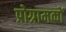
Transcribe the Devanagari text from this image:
प्रोग्रामकों